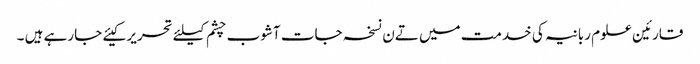
قارئین علوم ربانیہ کی خدمت میں تےن نسخہ جات آشوب چشم کیلئے تحریر کیئے جارہے ہیں ۔